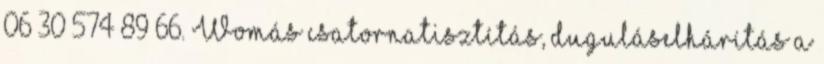
06 30 574 89 66. Womás csatornatisztítás, duguláselhárítás a